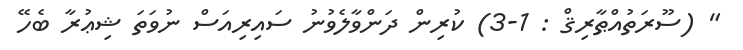
" (ސޫރަތުއްޠާރިޤް : 1-3) ކުރިން ދަންވާލެވުނު ސައިރިއަސް ނުވަތަ ޝިޢުރާ ބެހޭ